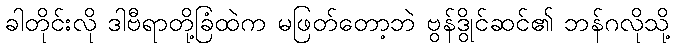
ခါတိုင်းလို ဒါဗီရာတို့ခြံထဲက မဖြတ်တော့ဘဲ ဗွန်ဒွိုင်ဆင်၏ ဘန်ဂလိုသို့